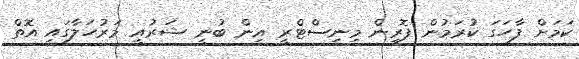
ކަމަށް ފާހަގަ ކުރަމުން ފޮރިން މިިނިސްޓްރީ އިން ބުނީ ޝަރުއީ މަރުހަލާގައި އޮތް